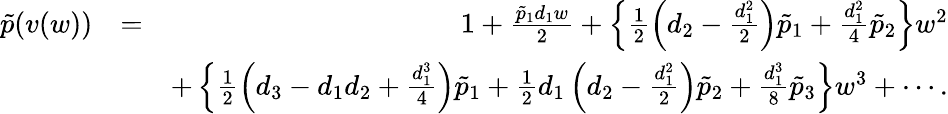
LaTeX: \begin{array}{rlr}{\tilde{p}(v(w))}&{=}&{1+\frac{\tilde{p}_{1}d_{1}w}{2}+\left\{ \frac{1}{2}\left(d_{2}-\frac{d_{1}^{2}}{2}\right)\tilde{p}_{1}+\frac{d_{1}^{2}}{4}\tilde{p}_{2}\right\} w^{2}}\\ &{~}&{+\left\{ \frac{1}{2}\left(d_{3}-d_{1}d_{2}+\frac{d_{1}^{3}}{4}\right)\tilde{p}_{1}+\frac{1}{2}d_{1}\left(d_{2}-\frac{d_{1}^{2}}{2}\right)\tilde{p}_{2}+\frac{d_{1}^{3}}{8}\tilde{p}_{3}\right\} w^{3}+\cdots.}\end{array}